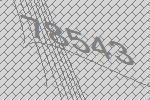
78543